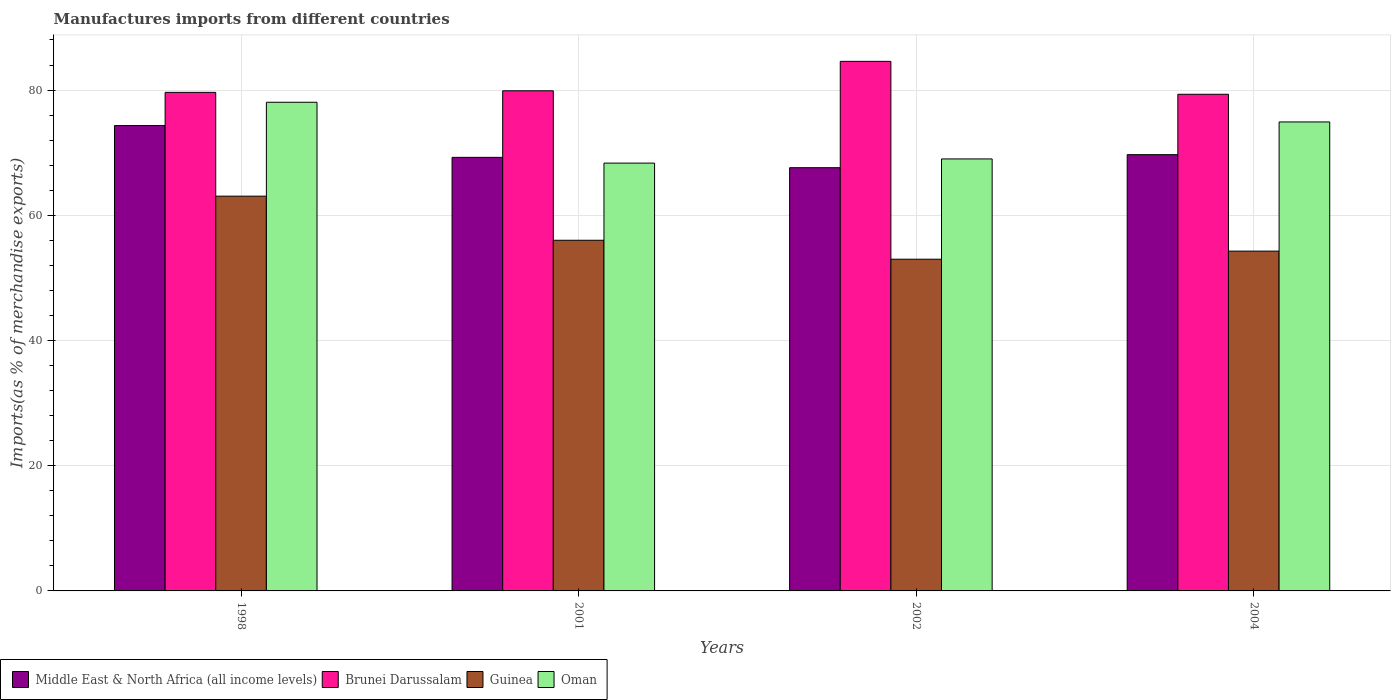
| Years | Middle East & North Africa (all income levels) | Brunei Darussalam | Guinea | Oman |
 | --- | --- | --- | --- | --- |
 | 1998 | 74.3 | 79.6 | 63.1 | 78.1 |
 | 2001 | 69.3 | 79.9 | 56 | 68.3 |
 | 2002 | 67.6 | 84.6 | 53 | 69 |
 | 2004 | 69.7 | 79.3 | 54.3 | 74.9 |